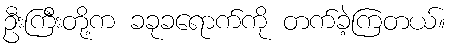
ဦးကြီးတို့က ခခုခရောက်ကို တက်ခဲ့ကြတယ်။